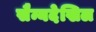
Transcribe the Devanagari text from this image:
सैन्यदेखिल